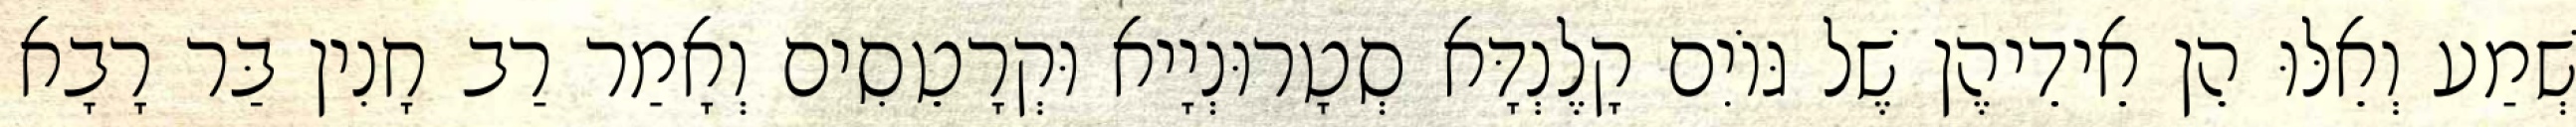
שְׁמַע וְאֵלּוּ הֵן אֵידֵיהֶן שֶׁל גּוֹיִם קָלֶנְדָּא סְטָרוּנְיָיא וּקְרָטֵסִים וְאָמַר רַב חָנִין בַּר רָבָא